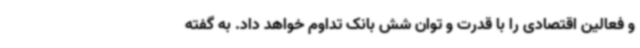
و فعالین اقتصادی را با قدرت و توان شش بانک تداوم خواهد داد. به گفته